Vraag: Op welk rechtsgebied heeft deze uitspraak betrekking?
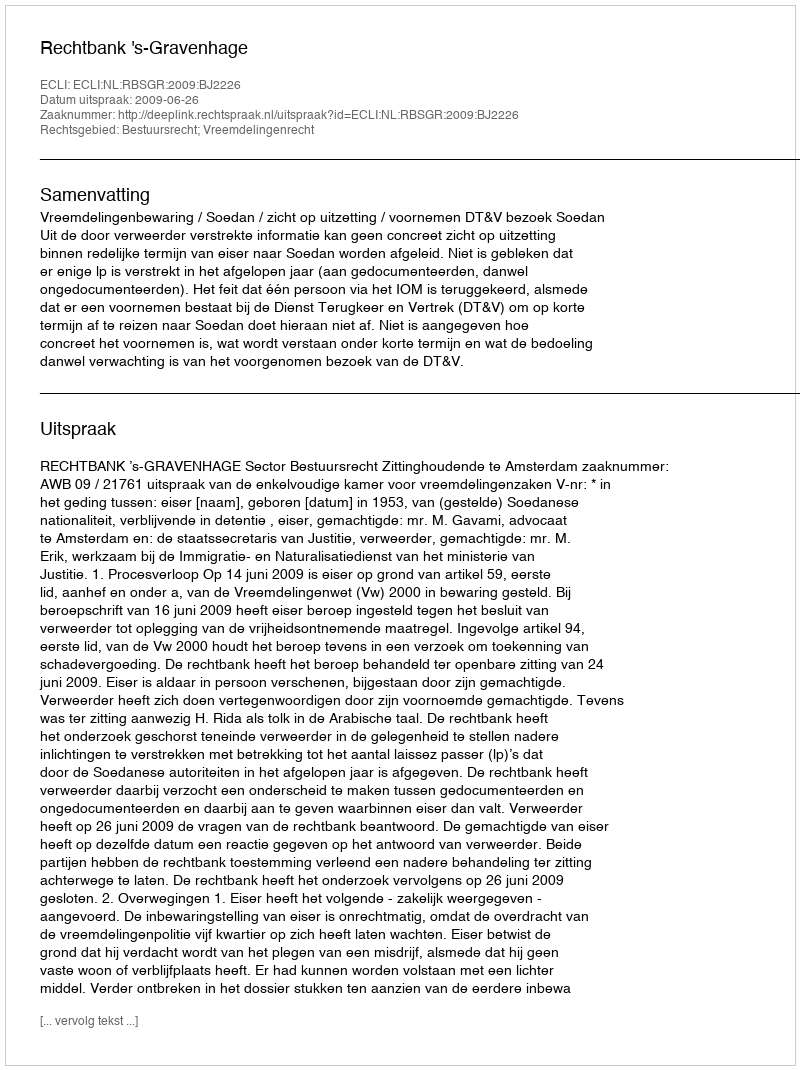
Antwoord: Bestuursrecht; Vreemdelingenrecht